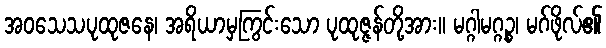
အဝသေသပုထုဇနေ၊ အရိယာမှကြွင်းသော ပုထုဇ္ဇန်တို့အား။ မဂ္ဂါမဂ္ဂဉ္စ၊ မဂ်ဖိုလ်၏